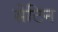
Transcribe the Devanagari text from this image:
सेटिन